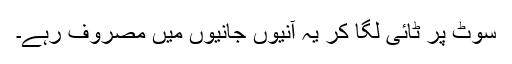
سوٹ پر ٹائی لگا کر یہ آنیوں جانیوں میں مصروف رہے۔